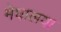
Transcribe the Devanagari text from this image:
मेघालय।